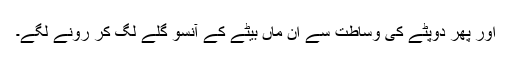
اور پھر دوپٹے کی وساطت سے ان ماں بیٹے کے آنسو گلے لگ کر رونے لگے۔